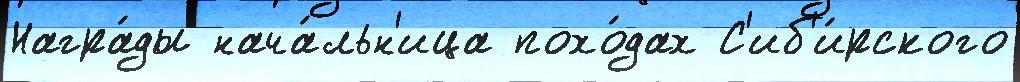
Награ́ды нача́льн'ица похо́дах С'иб'и́рского